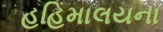
હહિમાલયના